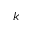
k